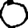
Digit: 0